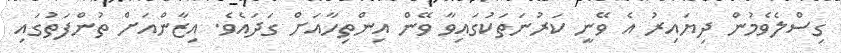
ގިސްލެވެމުން ދިޔައިރު އެ ވޭނީ ކަރުނަތަކުގައިވާ ވޭން އިންތިހާއަށް ގަދައެވެ. އިޒާންއަށް ތުންފަތުގައި